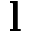
\mathbf { l }